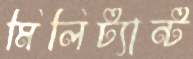
মিলিট্যান্ট